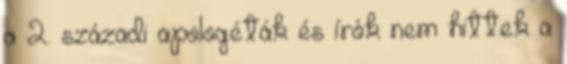
a 2. századi apologéták és írók nem hittek a